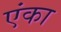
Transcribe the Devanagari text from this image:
एंका